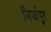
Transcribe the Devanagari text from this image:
मिर्झापुर